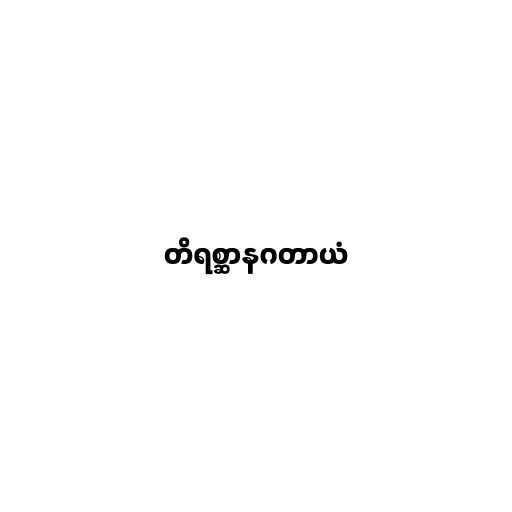
တိရစ္ဆာနဂတာယံ